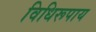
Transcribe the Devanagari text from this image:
विधिरूपाय